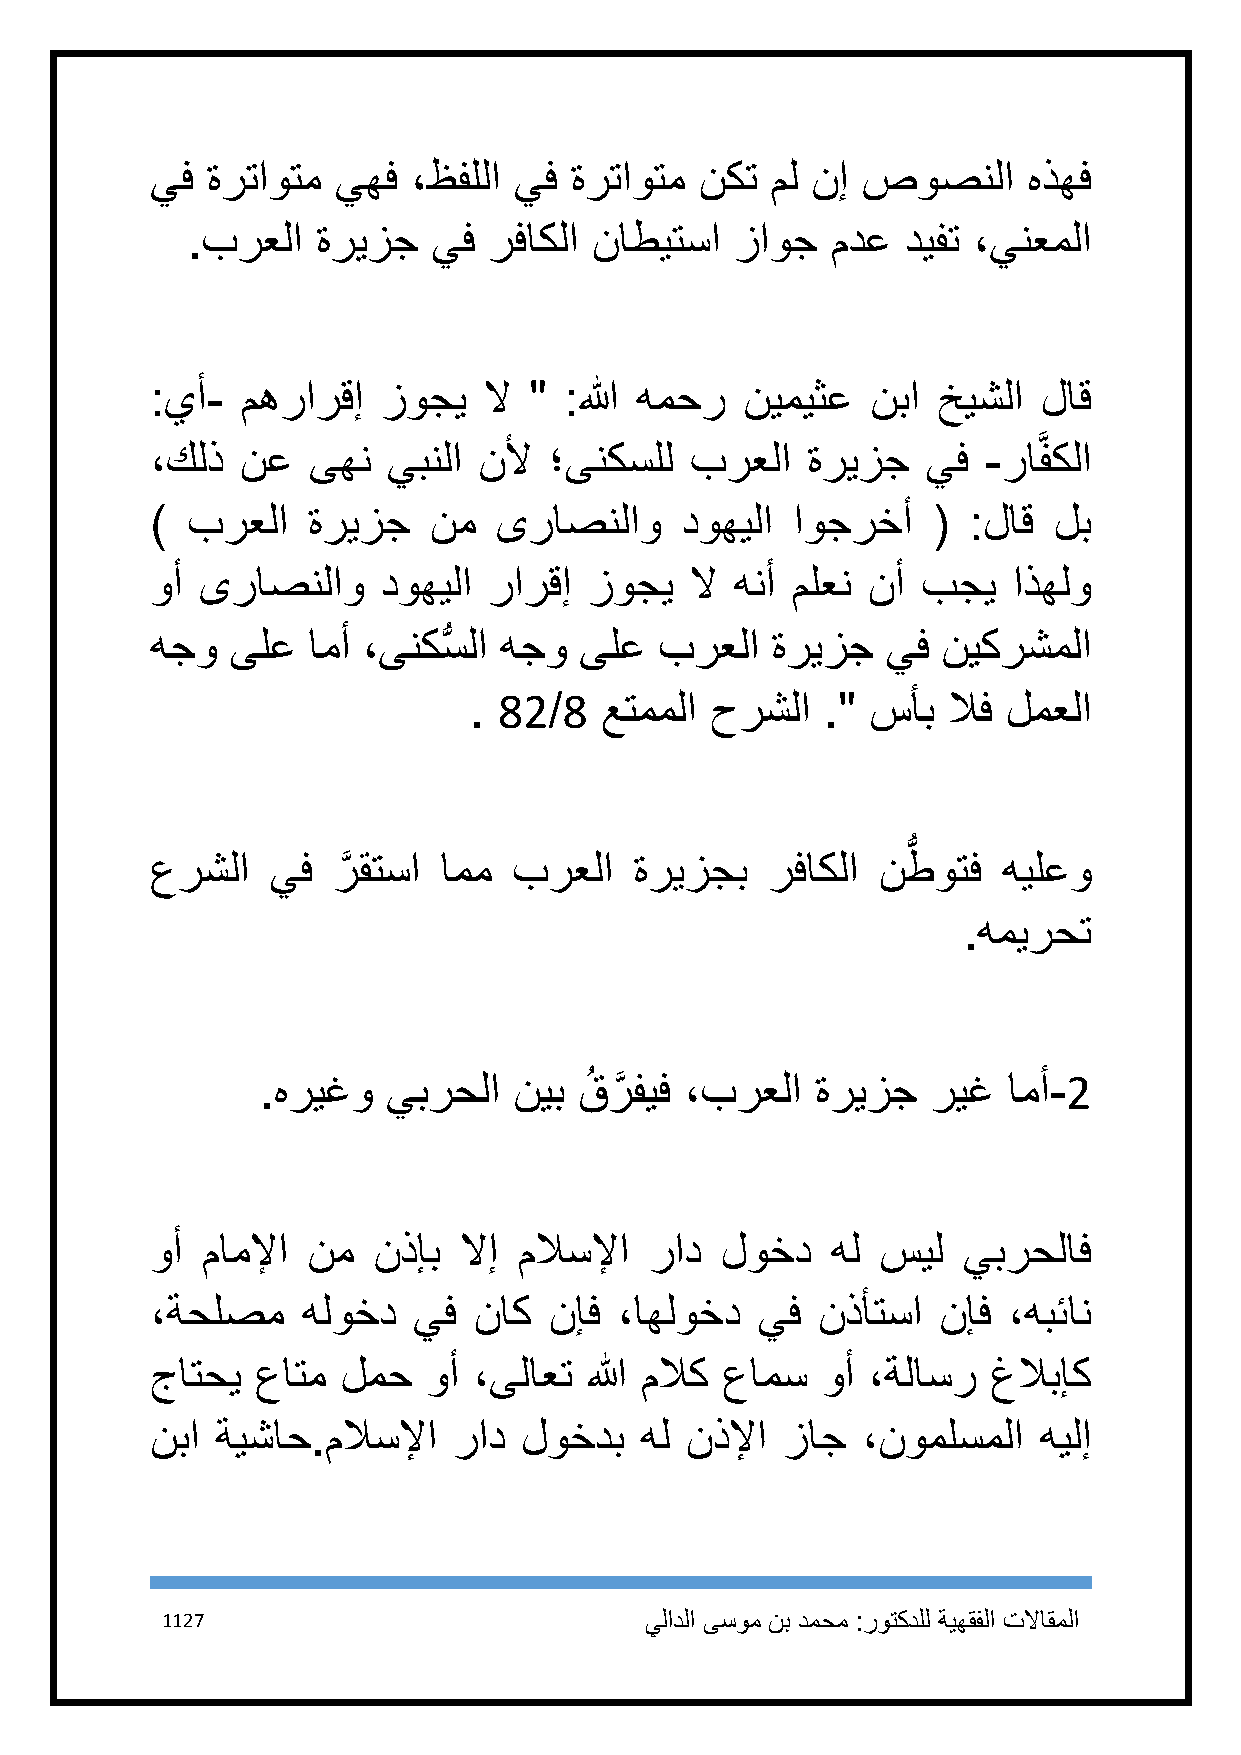
يف  ةرتاوتم يهف  ،ظفللا يف  ةرتاوتم نكت  مل نإ صوصنلا     هذهف
 .برعلا   ةريزج   يف رفاكلا ناطيتسا   زاوج  مدع  ديفت ،ينعملا
 :يأ-  مهرارقإ  زوجي   لا " :الله همحر  نيميثع   نبا خيشلا  لاق
 ،كلذ  نع  ىهن   يبنلا نلأ ؛ىنكسلل   برعلا  ةريزج   يف  -راَّفكلا
 ) برعلا   ةريزج   نم   ىراصنلاو    دوهيلا اوجرخأ    ( :لاق  لب
 وأ ىراصنلاو    دوهيلا رارقإ  زوجي   لا هنأ ملعن نأ بجي   اذهلو
 هجو  ىلع  امأ ،ىنكسُّ لا هجو ىلع  برعلا  ةريزج   يف نيكرشملا
 . 82/8   عتمملا حرشلا   ." سأب  لاف لمعلا
 ُّ
 عرشلا   يف  رَّ قتسا امم برعلا  ةريزجب   رفاكلا نطوتف   هيلعو
 .هميرحت
 .هريغو   يبرحلا  نيب قُ رَّ فيف ،برعلا ةريزج ريغ  امأ-2
 وأ ماملإا نم   نذإب لاإ ملاسلإا  راد  لوخد   هل سيل   يبرحلاف
 ،ةحلصم    هلوخد  يف  ناك  نإف  ،اهلوخد  يف  نذأتسا  نإف  ،هبئان
 جاتحي  عاتم  لمح  وأ ،ىلاعت  الله ملاك عامس وأ ،ةلاسر   غلابإك
 نبا ةيشاح.ملاسلإا   راد  لوخدب  هل نذلإا  زاج  ،نوملسملا   هيلإ
 1127                            يلادلا ىسوم نب دمحم :روتكدلل ةيهقفلا تلااقملا